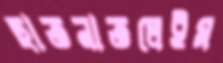
ছাতনাতলেইম